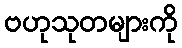
ဗဟုသုတများကို